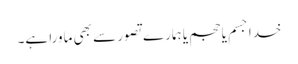
خدا جسم یا حجم یا ہمارے تصور سے بھی ماورا ہے۔